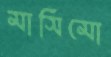
মাসিমো